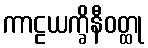
ကာဠယက္ခိနီဝတ္ထု